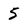
Character: 5